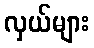
လှယ်များ